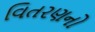
વિતરણનો